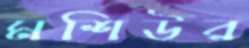
মশিউর